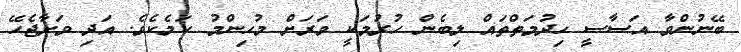
ބޭނުންވާ އަސާސީ ހިދުމަތްތައް ލިބެން ހުރުމަކީ ވަރަށް މުހިންމު ކަމެކެވެ. އަދި ވަށާޖެހޭ